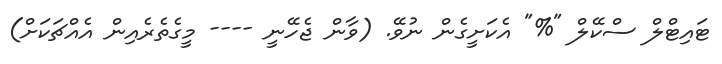
ޓައިޓްލް ސްކޭލް "%" އެކަށީގެން ނުވޭ. (ވާން ޖެހޭނީ ---- މީގެތެރެއިން އެއްޗަކަށް)